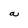
Character: a